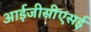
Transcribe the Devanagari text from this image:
आईजीसीएसई